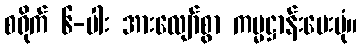
စရိုက် ၆-ပါး အားလျော်စွာ ကမ္မဋ္ဌာန်းပေးပုံ။